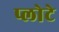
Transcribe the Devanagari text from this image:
प्लोटे